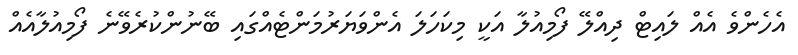
އެހެންވެ އެއް ލައިޓް ދިއްލޭ ފޯމިއުލާ އަކީ މިކަހަލަ އެންވަޔަރުމަންޓެއްގައި ބޭނުންކުރެވޭނެ ފޯމިއުލާއެއް